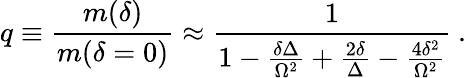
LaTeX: q\equiv\frac{m(\delta)}{m(\delta=0)}\approx\frac 1{1-\frac{\delta\Delta}{\Omega^{2}}+\frac{2\delta}{\Delta}-\frac{4\delta^{2}}{\Omega^{2}}}\: .